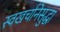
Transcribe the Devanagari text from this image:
स्वखर्चानेसुद्धा